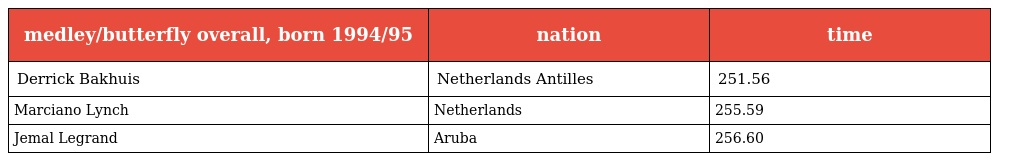
| medley/butterfly overall, born 1994/95 | nation | time |
 | --- | --- | --- |
 | Derrick Bakhuis | Netherlands Antilles | 251.56 |
 | Marciano Lynch | Netherlands | 255.59 |
 | Jemal Legrand | Aruba | 256.60 |